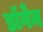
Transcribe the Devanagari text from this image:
डॉगेन